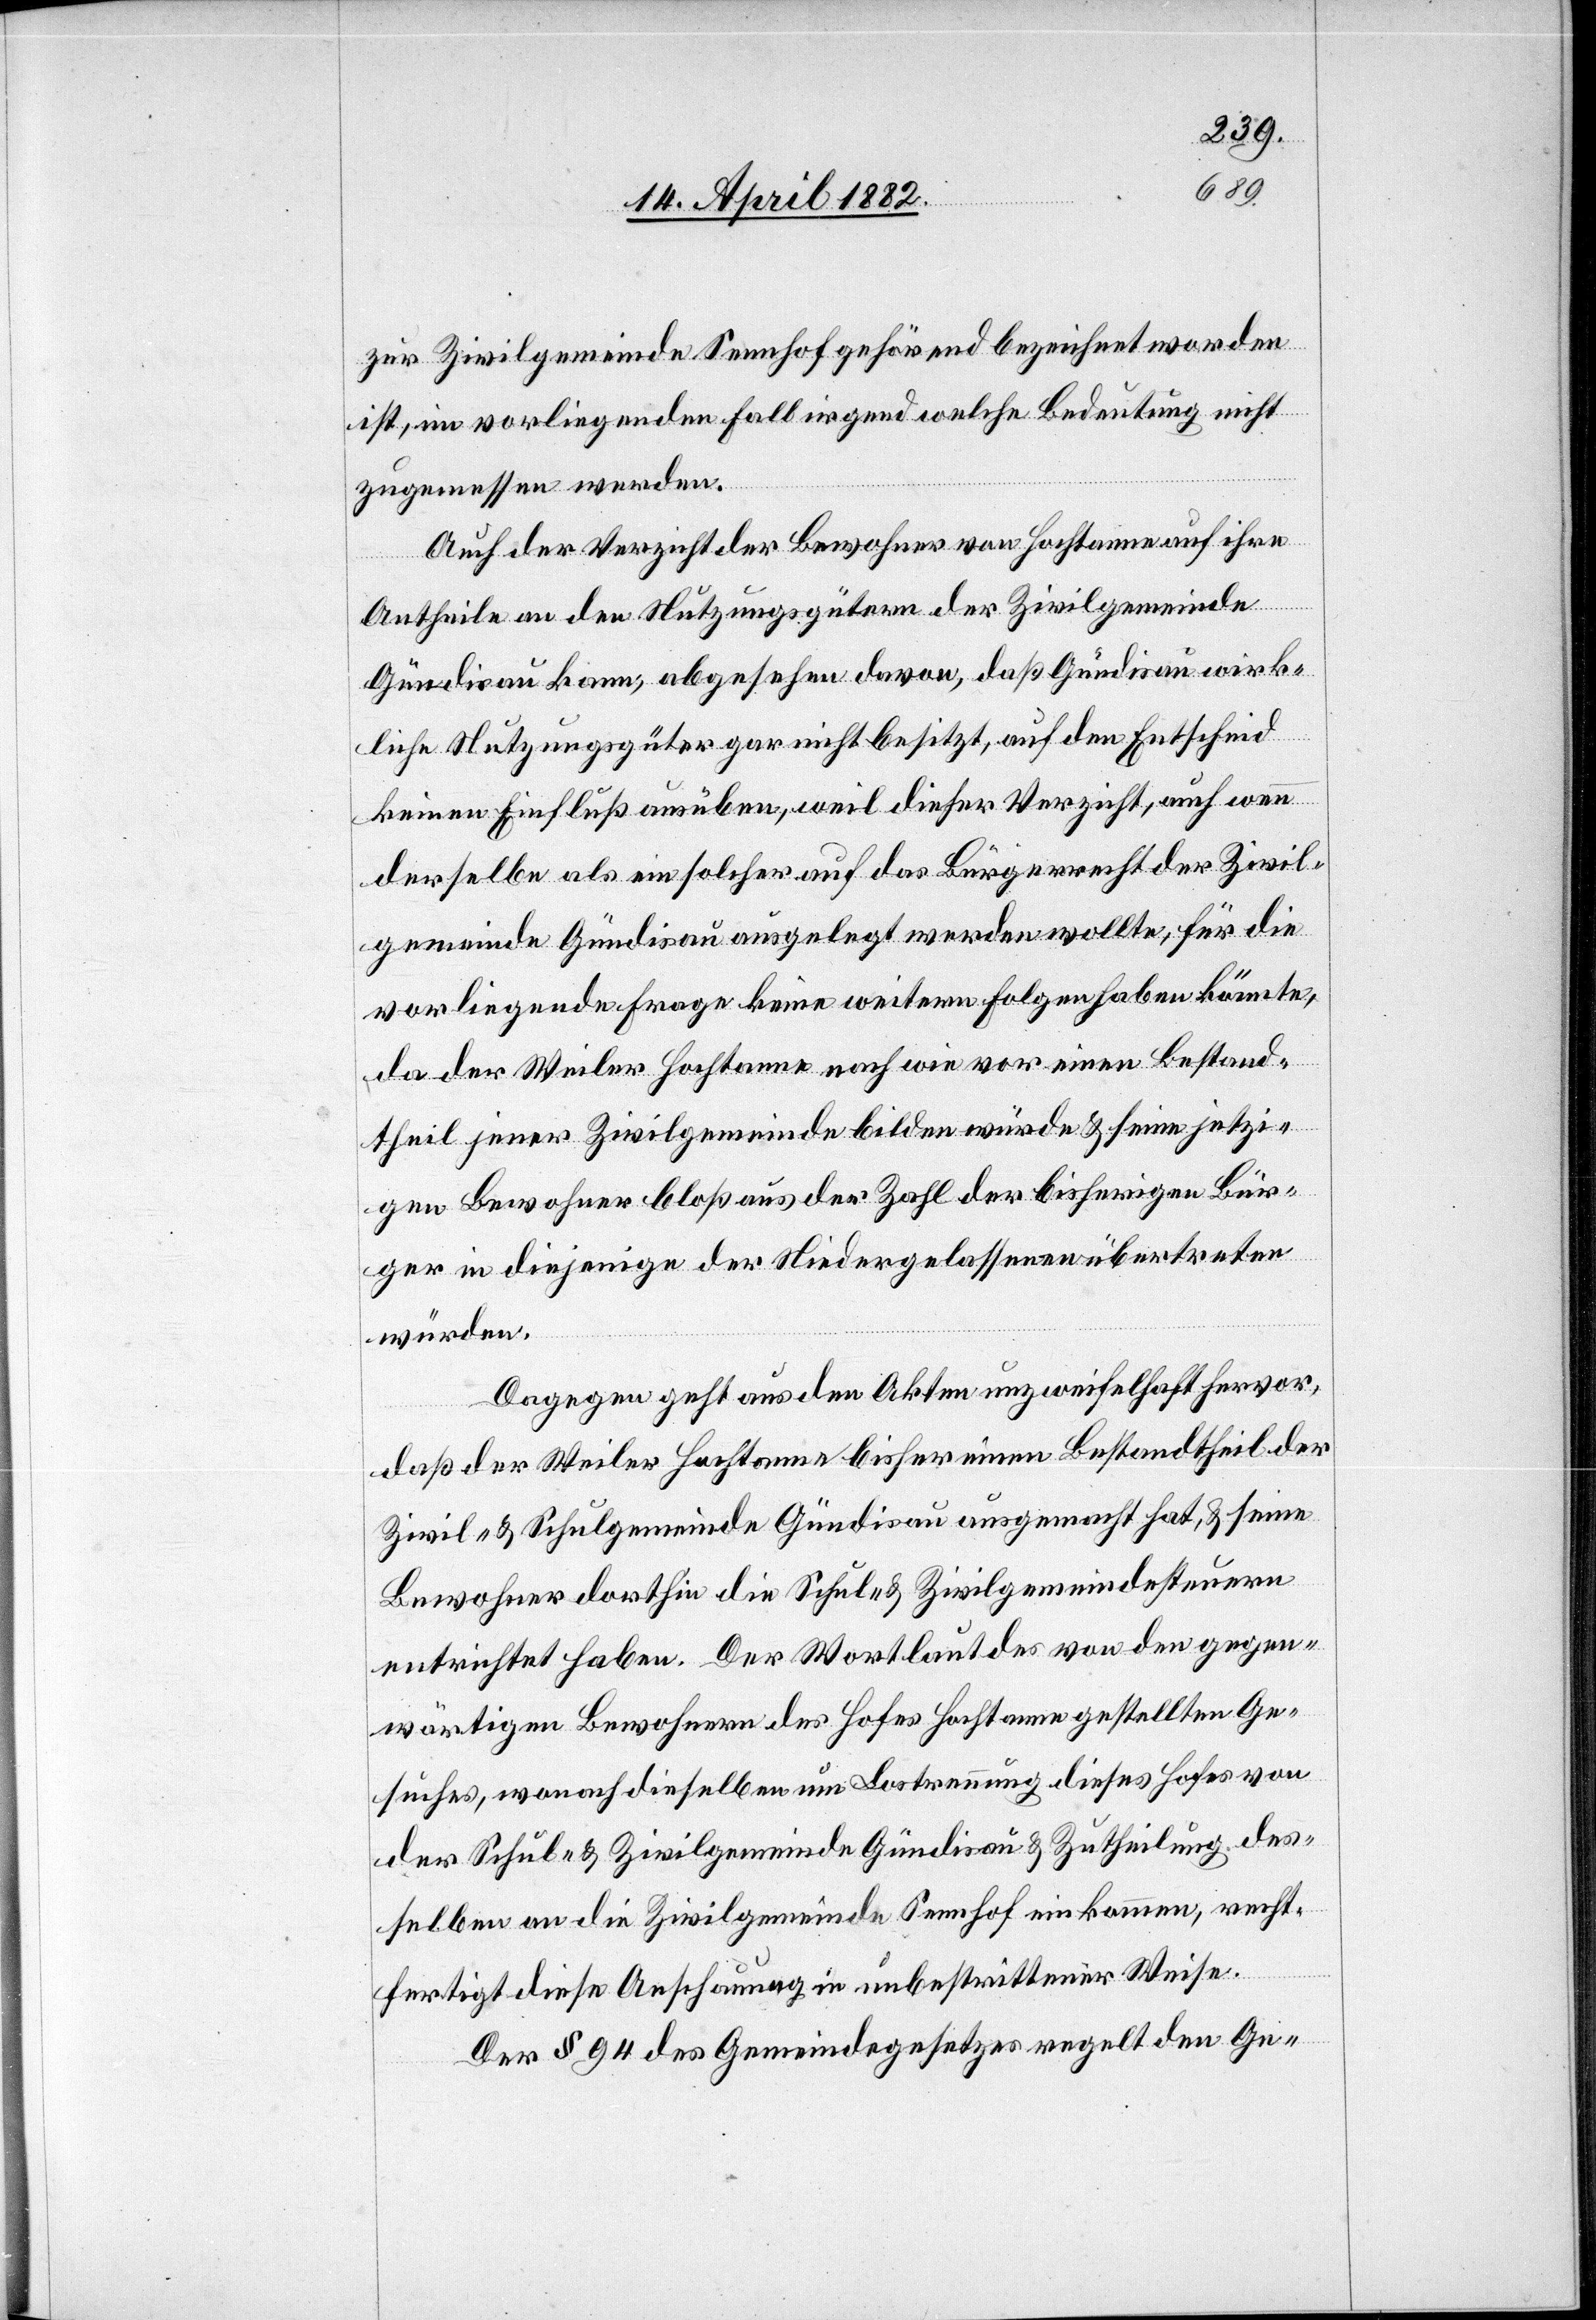
zur Zivilgemeinde Sennhof gehörend bezeichnet worden
ist, im vorliegenden Fall irgend welche Bedeutung nicht
zugemessen werden.
Auch der Verzicht der Bewohner von Hochtanne auf ihre
Antheile an den Nutzungsgütern der Zivilgemeinde
Gündisau kann, abgesehen davon, daß Gündisau wirk¬
liche Nutzungsgüter gar nicht besitzt, auf den Entscheid
keinen Einfluß ausüben, weil dieser Verzicht, auch wenn
derselbe als ein solcher auf das Bürgerrecht der Zivil¬
gemeinde Gündisau ausgelegt werden wollte, für die
vorliegende Frage keine weitern Folgen haben könnte,
da der Weiler Hochtanne nach wie vor einen Bestand¬
theil jener Zivilgemeinde bilden würde & seine jetzi¬
gen Bewohner bloß aus der Zahl der bisherigen Bür¬
ger in diejenige der Niedergelassenen übertreten
würden.
Dagegen geht aus den Akten unzweifelhaft hervor,
daß der Weiler Hochtanne bisher einen Bestandtheil der
Zivil- & Schulgemeinde Gündisau ausgemacht hat, & seine
Bewohner dorthin die Schul- & Zivilgemeindesteuern
entrichtet haben. Der Wortlaut des von den gegen¬
wärtigen Bewohnern des Hofes Hochtanne gestellten Ge¬
suches, wonach dieselben um Lostrennung dieses Hofes von
der Schul- & Zivilgemeinde Gündisau & Zutheilung des¬
selben an die Zivilgemeinde Sennhof einkommen, recht¬
fertigt diese Anschauung in unbestrittener Weise.
Der § 94 des Gemeindegesetzes regelt den Ge-